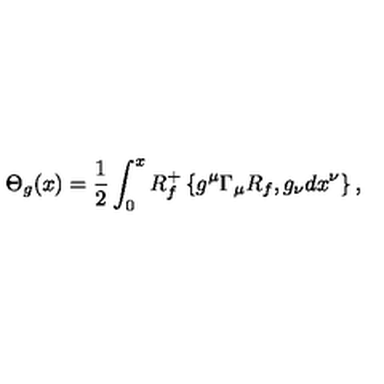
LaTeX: \Theta _ { g } ( x ) = \frac { 1 } { 2 } \int _ { 0 } ^ { x } R _ { f } ^ { + } \left\{ g ^ { \mu } \Gamma _ { \mu } R _ { f } , g _ { \nu } d x ^ { \nu } \right\} ,